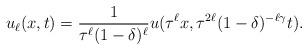
LaTeX: \begin{align*}u_\ell(x,t)=\frac{1}{\tau^\ell (1-\delta)^\ell}u(\tau^\ell x, \tau^{2\ell}(1-\delta)^{-\ell\gamma} t).\end{align*}